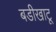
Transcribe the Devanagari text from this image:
बडीखाटू